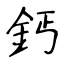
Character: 鈣